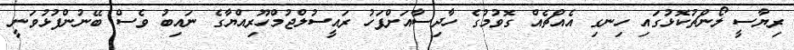
ރިޔާސީ ލޯންޗުކޮޅުގައި ހިނގި އެއްޗެއް ގޮވުމުގެ ހާދިސާއަށްފަހު ރައީސުލްޖުމްހޫރިއްޔާގެ ނައިބު ވެސް ބޭނުންފުޅުވަނީ